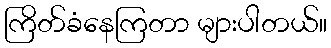
ကြိတ်ခံနေကြတာ များပါတယ်။